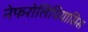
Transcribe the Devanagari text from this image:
नेफरोलिथियासिस